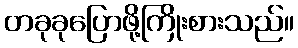
တခုခုပြောဖို့ကြိုးစားသည်။